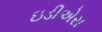
ઇડીએસ